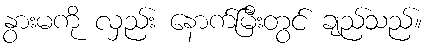
နွားမကို လှည်း နောက်မြီးတွင် ချည်သည်။